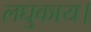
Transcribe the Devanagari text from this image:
लघुकाय।